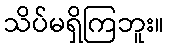
သိပ်မရှိကြဘူး။